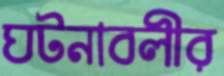
ঘটনাবলীর